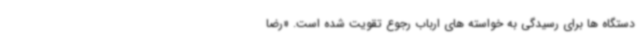
دستگاه ها برای رسیدگی به خواسته های ارباب رجوع تقویت شده است. «رضا